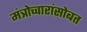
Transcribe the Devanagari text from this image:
मंत्रोच्चारांसोबत